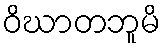
ဝိဃာတဘူမိ